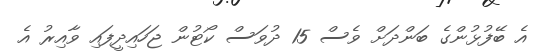
އެ ބޭފުޅުންގެ ބަންދަށް ވެސް 15 ދުވަސް ކޯޓުން ޖަހައިދީފައި ވާއިރު އެ